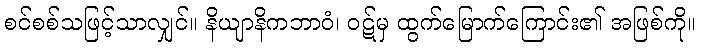
စင်စစ်သဖြင့်သာလျှင်။ နိယျာနိကဘာဝံ၊ ဝဋ်မှ ထွက်မြောက်ကြောင်း၏ အဖြစ်ကို။